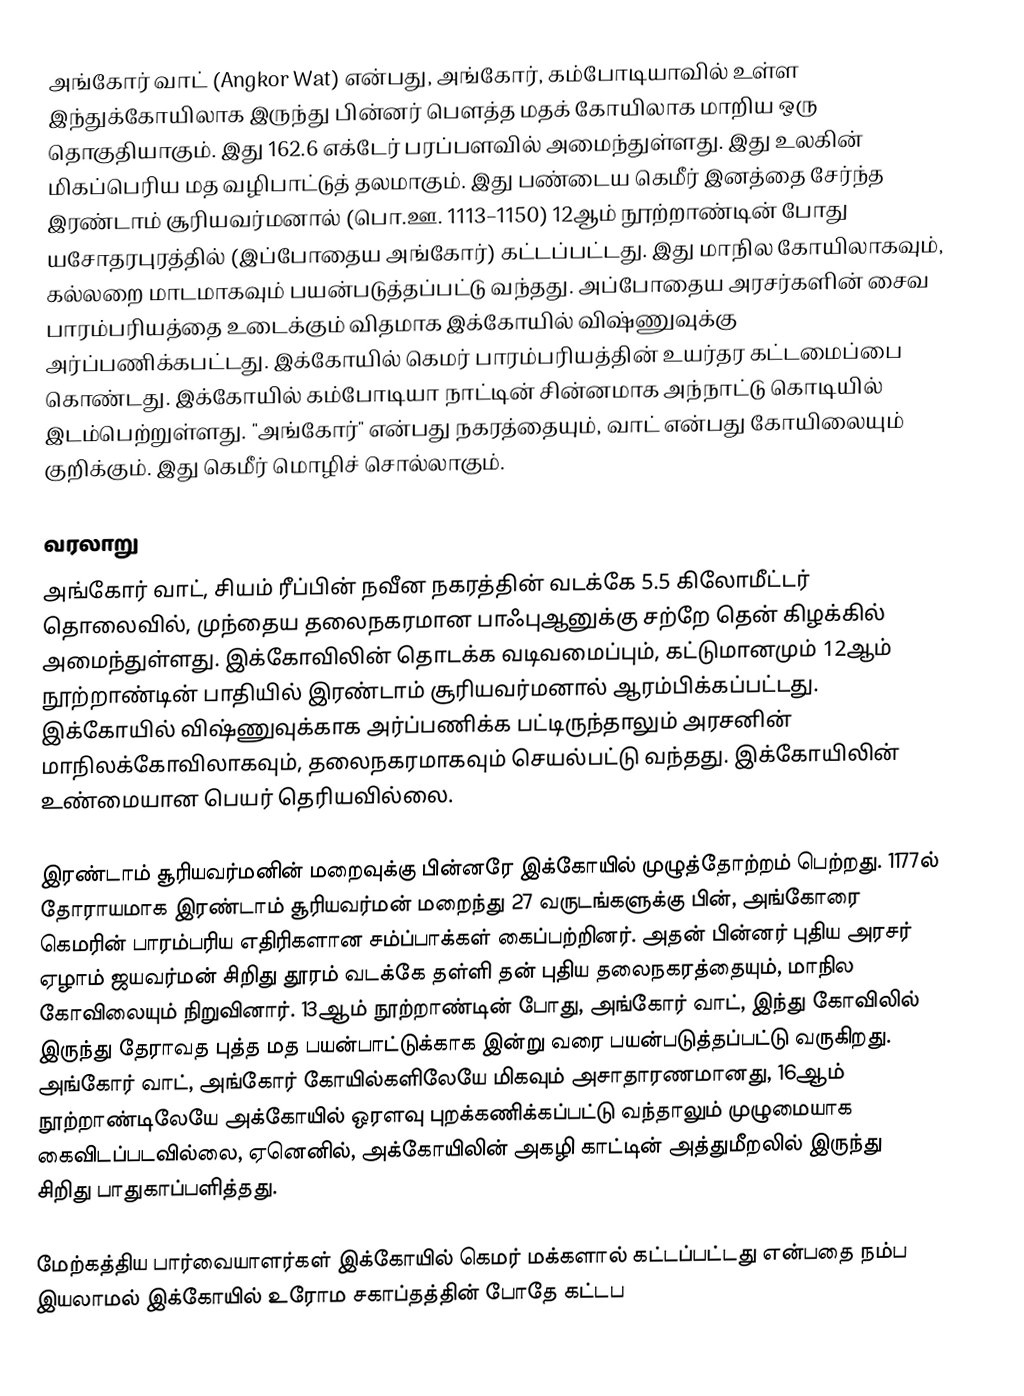
அங்கோர் வாட் (Angkor Wat) என்பது, அங்கோர், கம்போடியாவில் உள்ள இந்துக்கோயிலாக இருந்து பின்னர் பௌத்த மதக் கோயிலாக மாறிய ஒரு தொகுதியாகும். இது 162.6 எக்டேர் பரப்பளவில் அமைந்துள்ளது. இது உலகின் மிகப்பெரிய மத வழிபாட்டுத் தலமாகும். இது பண்டைய கெமீர் இனத்தை சேர்ந்த இரண்டாம் சூரியவர்மனால் (பொ.ஊ. 1113–1150) 12ஆம் நூற்றாண்டின் போது யசோதரபுரத்தில் (இப்போதைய அங்கோர்) கட்டப்பட்டது. இது மாநில கோயிலாகவும், கல்லறை மாடமாகவும் பயன்படுத்தப்பட்டு வந்தது. அப்போதைய அரசர்களின் சைவ பாரம்பரியத்தை உடைக்கும் விதமாக இக்கோயில் விஷ்ணுவுக்கு அர்ப்பணிக்கபட்டது. இக்கோயில் கெமர் பாரம்பரியத்தின் உயர்தர கட்டமைப்பை கொண்டது. இக்கோயில் கம்போடியா நாட்டின் சின்னமாக அந்நாட்டு கொடியில் இடம்பெற்றுள்ளது. "அங்கோர்" என்பது நகரத்தையும், வாட் என்பது கோயிலையும் குறிக்கும். இது கெமீர் மொழிச் சொல்லாகும்.

வரலாறு
அங்கோர் வாட், சியம் ரீப்பின் நவீன நகரத்தின் வடக்கே 5.5 கிலோமீட்டர் தொலைவில், முந்தைய தலைநகரமான பாஃபுஆனுக்கு சற்றே தென் கிழக்கில் அமைந்துள்ளது. இக்கோவிலின் தொடக்க வடிவமைப்பும், கட்டுமானமும் 12ஆம் நூற்றாண்டின் பாதியில் இரண்டாம் சூரியவர்மனால் ஆரம்பிக்கப்பட்டது. இக்கோயில் விஷ்ணுவுக்காக அர்ப்பணிக்க பட்டிருந்தாலும் அரசனின் மாநிலக்கோவிலாகவும், தலைநகரமாகவும் செயல்பட்டு வந்தது. இக்கோயிலின் உண்மையான பெயர் தெரியவில்லை.

இரண்டாம் சூரியவர்மனின் மறைவுக்கு பின்னரே இக்கோயில் முழுத்தோற்றம் பெற்றது. 1177ல் தோராயமாக இரண்டாம் சூரியவர்மன் மறைந்து 27 வருடங்களுக்கு பின், அங்கோரை கெமரின் பாரம்பரிய எதிரிகளான சம்ப்பாக்கள் கைப்பற்றினர். அதன் பின்னர் புதிய அரசர் ஏழாம் ஜயவர்மன் சிறிது தூரம் வடக்கே தள்ளி தன் புதிய தலைநகரத்தையும், மாநில கோவிலையும் நிறுவினார். 13ஆம் நூற்றாண்டின் போது, அங்கோர் வாட், இந்து கோவிலில் இருந்து தேராவத புத்த மத பயன்பாட்டுக்காக இன்று வரை பயன்படுத்தப்பட்டு வருகிறது. அங்கோர் வாட், அங்கோர் கோயில்களிலேயே மிகவும் அசாதாரணமானது, 16ஆம் நூற்றாண்டிலேயே அக்கோயில் ஒரளவு புறக்கணிக்கப்பட்டு வந்தாலும் முழுமையாக கைவிடப்படவில்லை, ஏனெனில், அக்கோயிலின் அகழி காட்டின் அத்துமீறலில் இருந்து சிறிது பாதுகாப்பளித்தது.

மேற்கத்திய பார்வையாளர்கள் இக்கோயில் கெமர் மக்களால் கட்டப்பட்டது என்பதை நம்ப இயலாமல் இக்கோயில் உரோம சகாப்தத்தின் போதே கட்டப